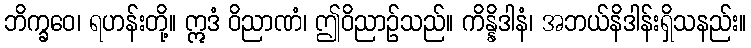
ဘိက္ခဝေ၊ ရဟန်းတို့။ ဣဒံ ဝိညာဏံ၊ ဤဝိညာဉ်သည်။ ကိန္နိဒါနံ၊ အဘယ်နိဒါန်းရှိသနည်း။